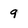
Character: 9